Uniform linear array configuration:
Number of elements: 48
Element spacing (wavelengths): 1
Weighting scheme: cosine
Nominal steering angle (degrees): -15
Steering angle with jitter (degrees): -13.037
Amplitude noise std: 0.05
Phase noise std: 0.05

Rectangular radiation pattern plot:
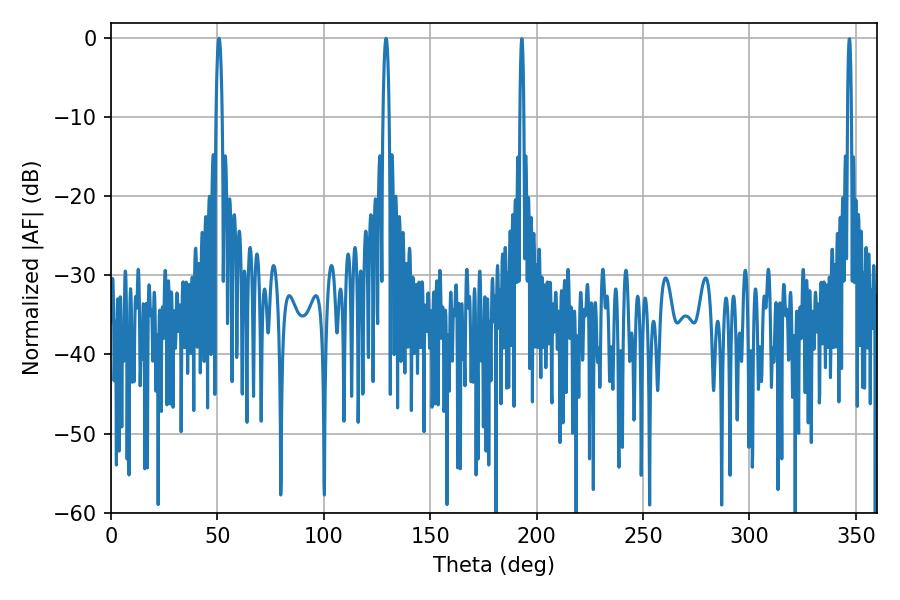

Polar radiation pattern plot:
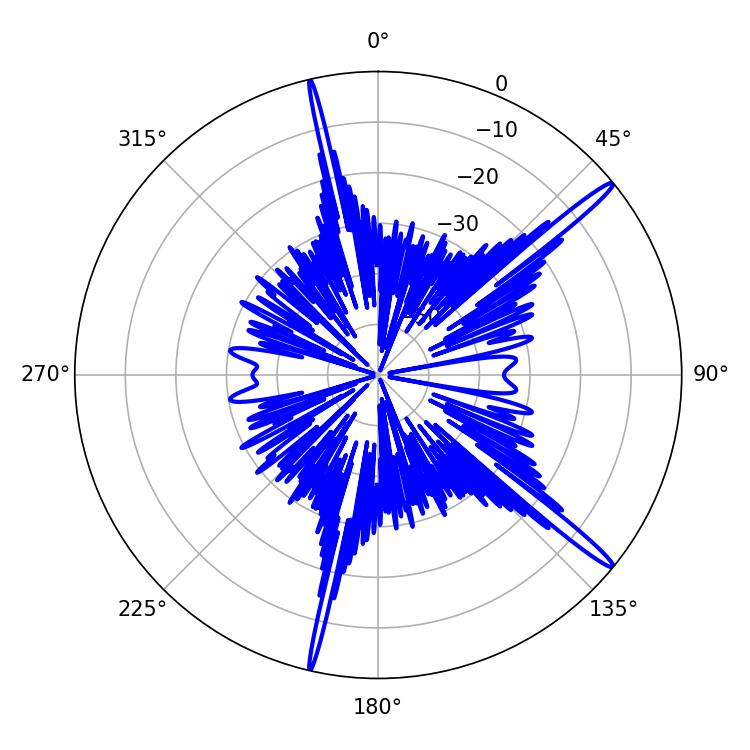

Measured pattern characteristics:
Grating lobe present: TRUE
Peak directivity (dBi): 16.842
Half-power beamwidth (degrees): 1.44
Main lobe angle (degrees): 50.76